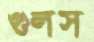
গুলস